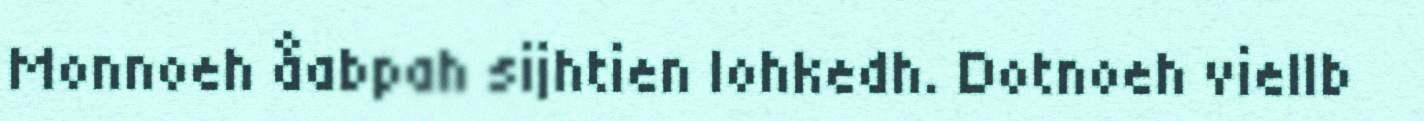
Monnoeh åabpah sijhtien lohkedh. Dotnoeh viellb